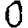
Digit: 0